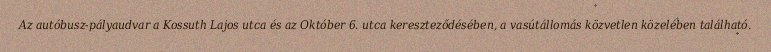
Az autóbusz-pályaudvar a Kossuth Lajos utca és az Október 6. utca kereszteződésében, a vasútállomás közvetlen közelében található.